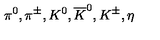
\pi ^ { 0 } , \pi ^ { \pm } , K ^ { 0 } , \overline { { K } } ^ { 0 } , K ^ { \pm } , \eta